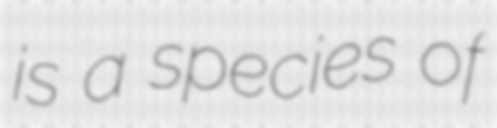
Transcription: is a species of